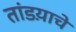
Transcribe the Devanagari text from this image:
तांडय़ाचे